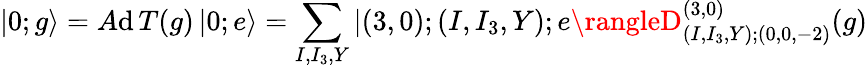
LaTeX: |0;g\rangle=A\mathrm{d}\, T(g)\, |0;e\rangle=\sum_{I,I_{3},Y}|(3,0);(I,I_{3},Y);e\rangleD_{(I,I_{3},Y);(0,0,-2)}^{(3,0)}(g)